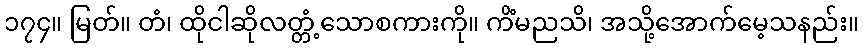
၁၇၄။ မြတ်။ တံ၊ ထိုငါဆိုလတ္တံ့သောစကားကို။ ကိံမညသိ၊ အသို့အောက်မေ့သနည်း။